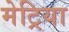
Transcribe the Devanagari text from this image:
मेट्रिया